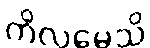
ကိလမေသိ